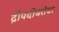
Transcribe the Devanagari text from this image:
द्रौपदीबरोबर